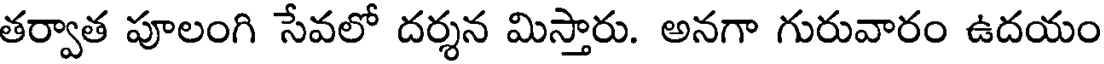
తర్వాత పూలంగి సేవలో దర్శన మిస్తారు. అనగా గురువారం ఉదయం